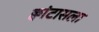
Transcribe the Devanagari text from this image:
क्वांटासला